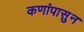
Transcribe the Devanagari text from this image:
कणांपासुन